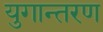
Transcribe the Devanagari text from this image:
युगान्तरण